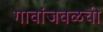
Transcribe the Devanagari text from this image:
गावांजवळची